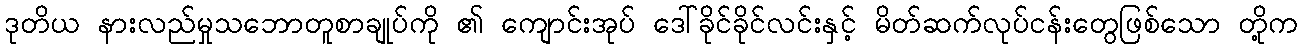
ဒုတိယ နားလည်မှုသဘောတူစာချုပ်ကို ၏ ကျောင်းအုပ် ဒေါ်ခိုင်ခိုင်လင်းနှင့် မိတ်ဆက်လုပ်ငန်းတွေဖြစ်သော တို့က